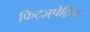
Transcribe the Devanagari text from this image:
फिट्ज़्पेट्रिक